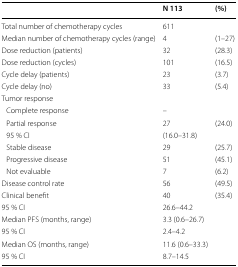
<table><thead><tr><td></td><td><b>N 113</b></td><td><b>(%)</b></td></tr></thead><tbody><tr><td>Total number of chemotherapy cycles</td><td>611</td><td></td></tr><tr><td>Median number of chemotherapy cycles (range)</td><td>4</td><td>(1–27)</td></tr><tr><td>Dose reduction (patients)</td><td>32</td><td>(28.3)</td></tr><tr><td>Dose reduction (cycles)</td><td>101</td><td>(16.5)</td></tr><tr><td>Cycle delay (patients)</td><td>23</td><td>(3.7)</td></tr><tr><td>Cycle delay (no)</td><td>33</td><td>(5.4)</td></tr><tr><td>Tumor response</td><td></td><td></td></tr><tr><td> Complete response</td><td>–</td><td></td></tr><tr><td> Partial response</td><td>27</td><td>(24.0)</td></tr><tr><td> 95 % CI</td><td>(16.0–31.8)</td><td></td></tr><tr><td> Stable disease</td><td>29</td><td>(25.7)</td></tr><tr><td> Progressive disease</td><td>51</td><td>(45.1)</td></tr><tr><td> Not evaluable</td><td>7</td><td>(6.2)</td></tr><tr><td>Disease control rate</td><td>56</td><td>(49.5)</td></tr><tr><td>Clinical benefit</td><td>40</td><td>(35.4)</td></tr><tr><td>95 % CI</td><td>26.6–44.2</td><td></td></tr><tr><td>Median PFS (months, range)</td><td>3.3 (0.6–26.7)</td><td></td></tr><tr><td>95 % CI</td><td>2.4–4.2</td><td></td></tr><tr><td>Median OS (months, range)</td><td>11.6 (0.6–33.3)</td><td></td></tr><tr><td>95 % CI</td><td>8.7–14.5</td><td></td></tr></tbody></table>